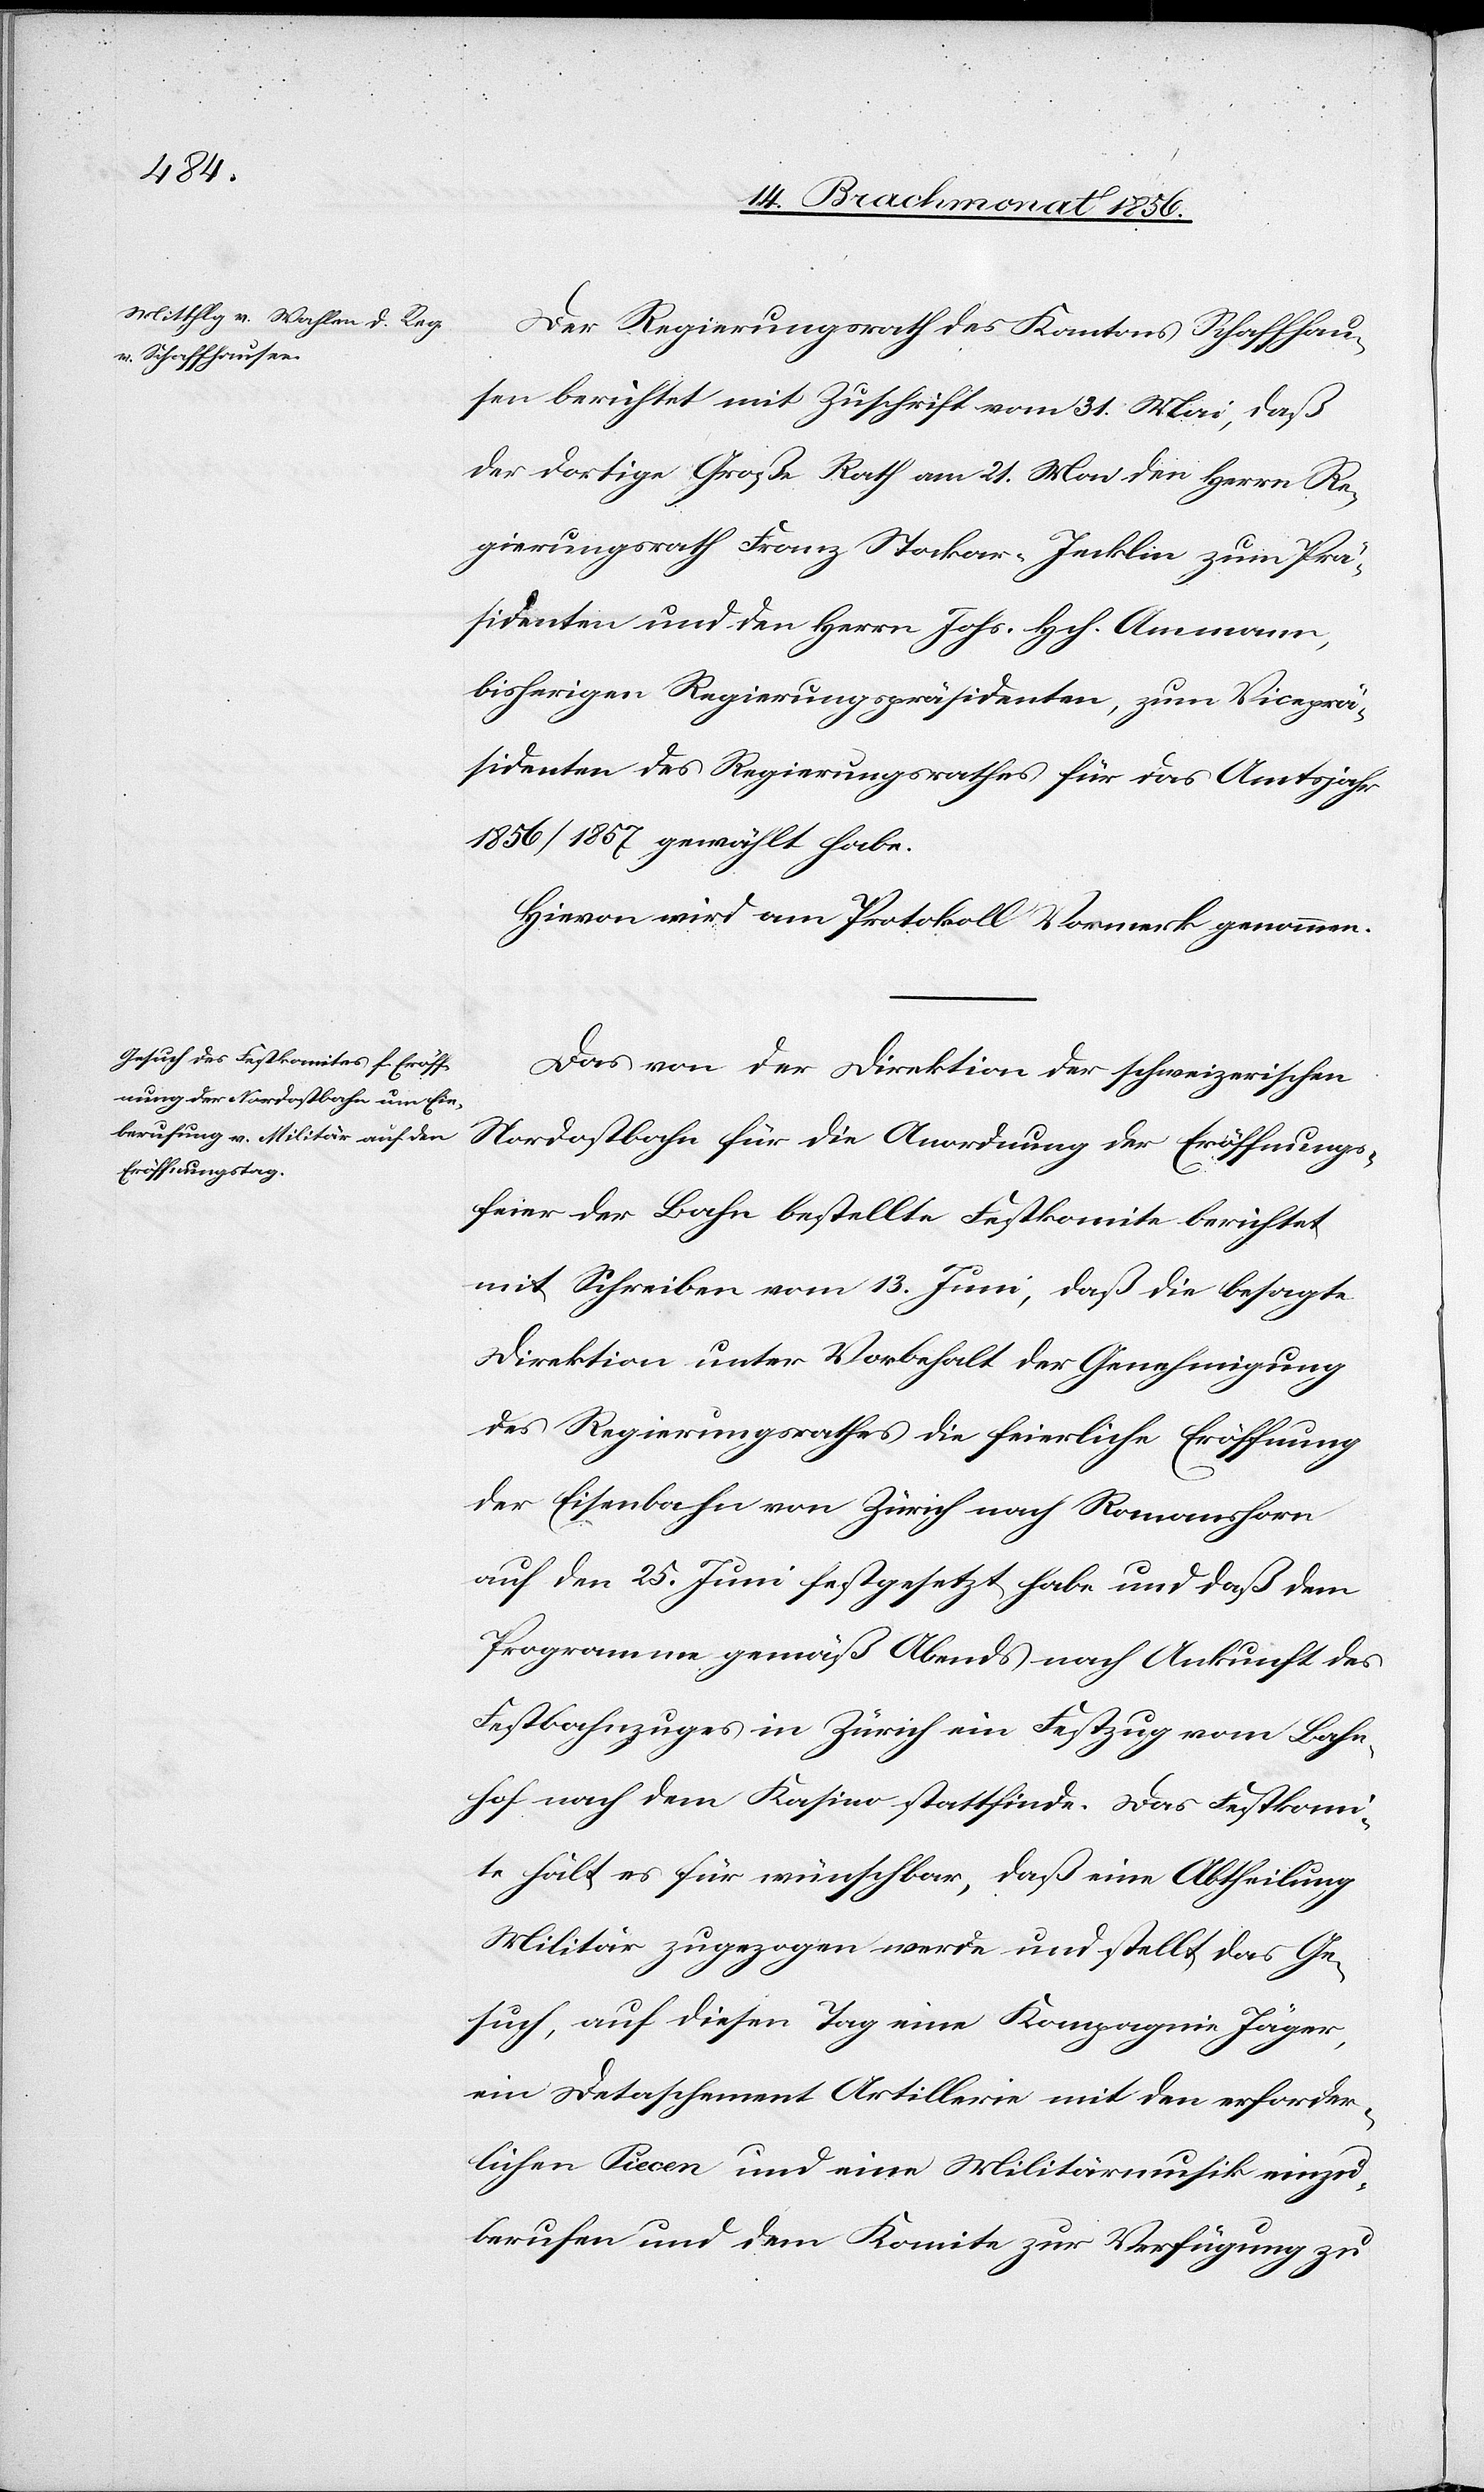
Der Regierungsrath des Kantons Schaffhau¬
sen berichtet mit Zuschrift vom 31. Mai, daß
der dortige Große Rath am 21. Mai den Herrn Re¬
gierungsrath Franz Stockar-Jecklin zum Prä¬
sidenten und den Herrn Johs. Hch. Ammann,
bisherigen Regierungspräsidenten, zum Viceprä¬
sidenten des Regierungsrathes für das Amtsjahr
1856/1857 gewählt habe.
Hievon wird am Protokoll Vormerk genommen.
Das von der Direktion der schweizerischen
Nordostbahn für die Anordnung der Eröffnungs¬
feier der Bahn bestellte Festkomite berichtet
mit Schreiben vom 13. Juni, daß die besagte
Direktion unter Vorbehalt der Genehmigung
des Regierungsrathes die feierliche Eröffnung
der Eisenbahn von Zürich nach Romanshorn
auf den 25. Juni festgesetzt habe und daß dem
Programme gemäß Abends nach Ankunft des
Festbahnzuges in Zürich ein Festzug vom Bahn¬
hof nach dem Kasino stattfinde. Das Festkomi¬
te hält es für wünschbar, daß eine Abtheilung
Militär zugezogen werde und stellt das Ge¬
such, auf diesen Tag eine Kompagnie Jäger,
ein Detaschement Artillerie mit den erforder¬
lichen Piecen und eine Militärmusik einzu¬
berufen und dem Komite zur Verfügung zu